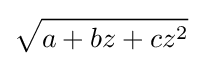
{\sqrt {a+bz+cz^{2}}}